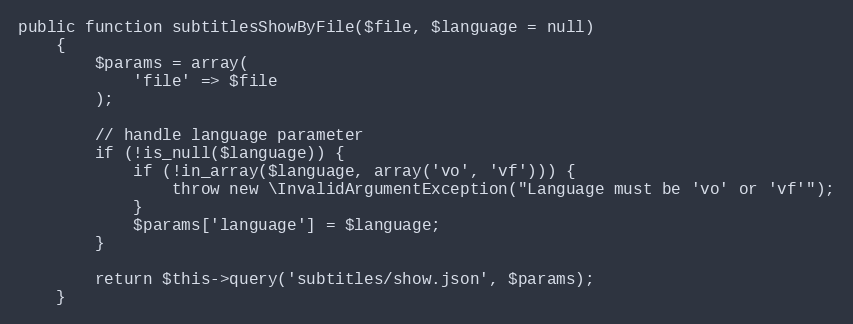
Language: PHP
public function subtitlesShowByFile($file, $language = null)
    {
        $params = array(
            'file' => $file
        );

        // handle language parameter
        if (!is_null($language)) {
            if (!in_array($language, array('vo', 'vf'))) {
                throw new \InvalidArgumentException("Language must be 'vo' or 'vf'");
            }
            $params['language'] = $language;
        }

        return $this->query('subtitles/show.json', $params);
    }